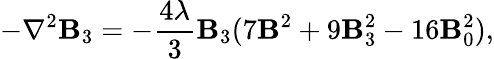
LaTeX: -\nabla^{2}\mathbf{B}_{3}=-{\frac{{4\lambda}}{{3}}}\mathbf{B}_{3}(7\mathbf{B}^{2}+9\mathbf{B}_{3}^{2}-16\mathbf{B}_{0}^{2}),